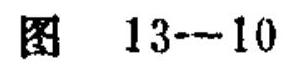
图 \(13 - 10\)